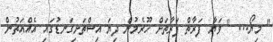
" މިޔޯ... " ވަޔާ ފަރާތް ފަރާތަށް ހޫރެމުން ދިޔަ އިސްތަށިގަނޑުގައި އެއްއަތުން